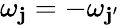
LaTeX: {\omega}_{\mathbf{j}}=-{\omega}_{\mathbf{j}{'}}